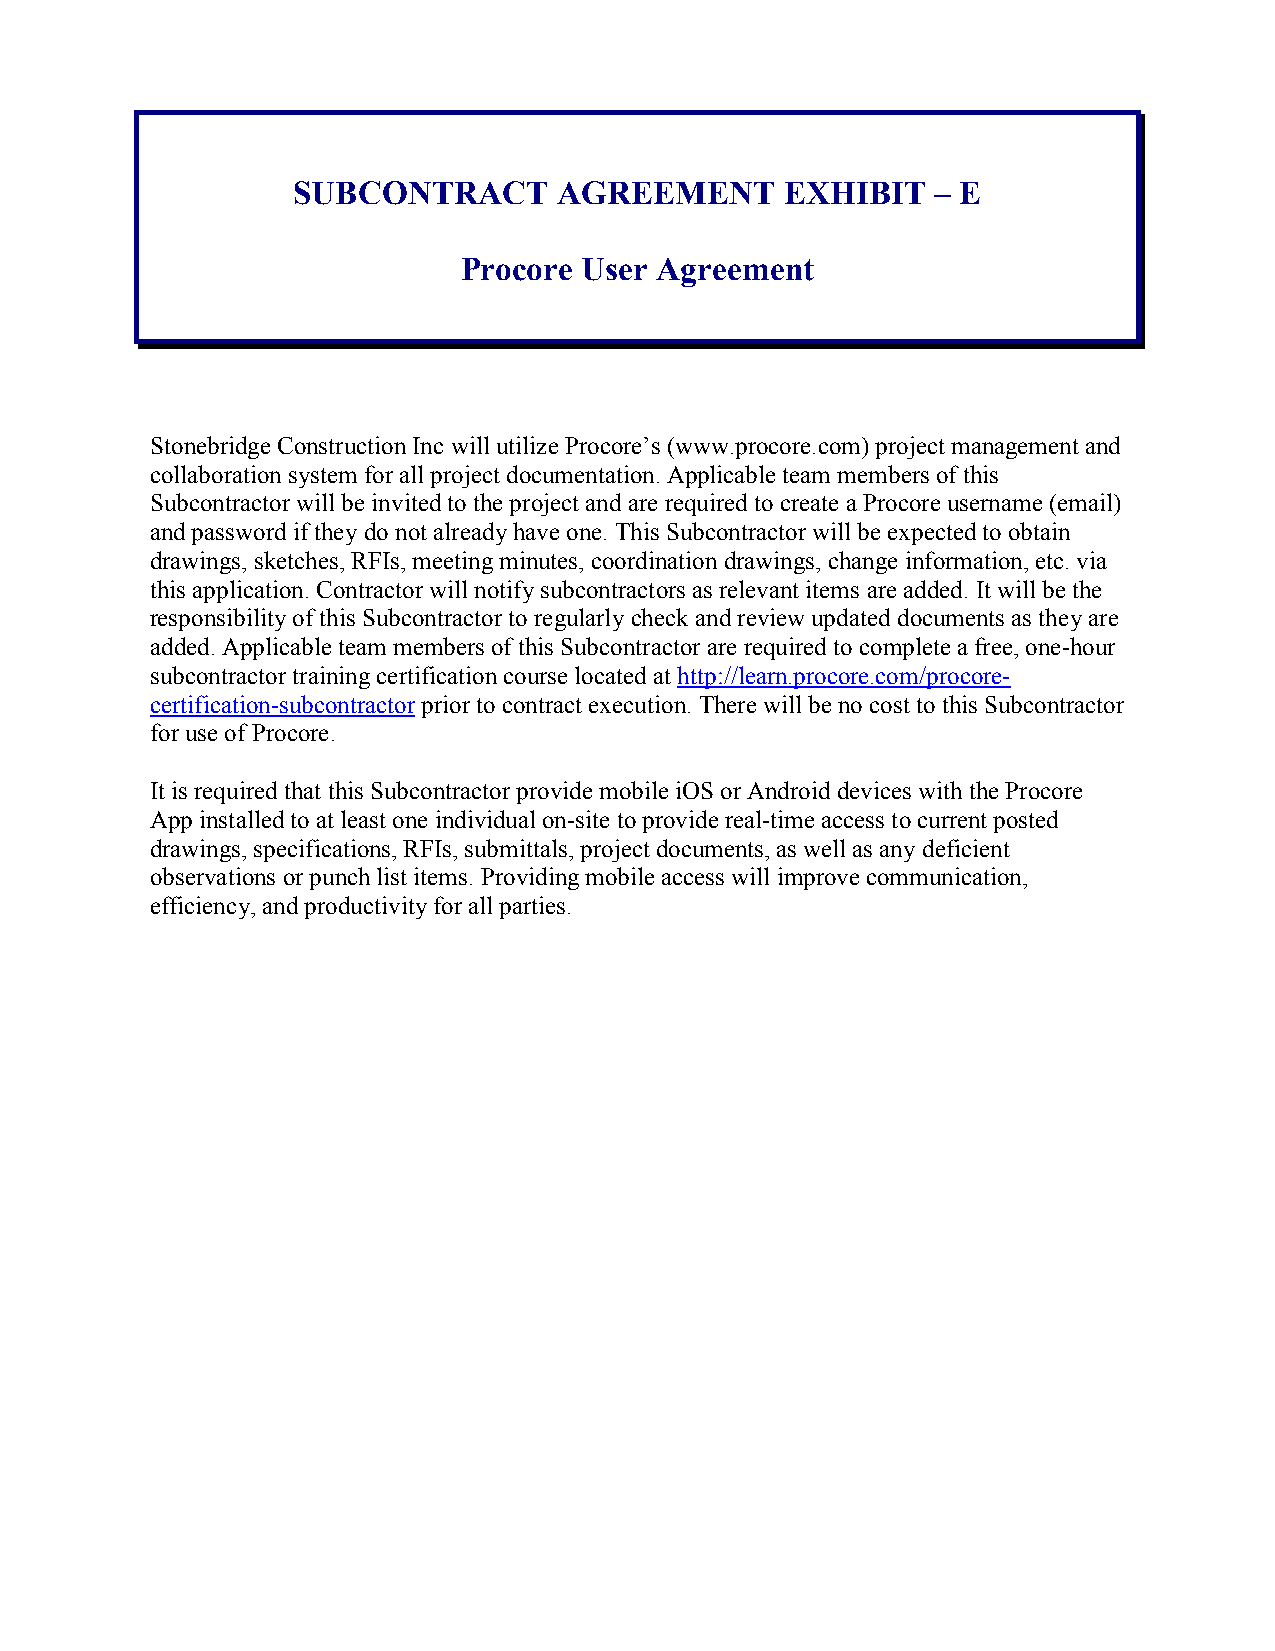
SUBCONTRACT       AGREEMENT      EXHIBIT   – E
 Procore User Agreement
 Stonebridge Construction Inc will utilize Procore’s (www.procore.com) project management and
 collaboration system for all project documentation. Applicable team members of this
 Subcontractor will be invited to the project and are required to create a Procore username (email)
 and password if they do not already have one. This Subcontractor will be expected to obtain
 drawings, sketches, RFIs, meeting minutes, coordination drawings, change information, etc. via
 this application. Contractor will notify subcontractors as relevant items are added. It will be the
 responsibility of this Subcontractor to regularly check and review updated documents as they are
 added. Applicable team members of this Subcontractor are required to complete a free, one-hour
 subcontractor training certification course located at http://learn.procore.com/procore-
 certification-subcontractor prior to contract execution. There will be no cost to this Subcontractor
 for use of Procore.
 It is required that this Subcontractor provide mobile iOS or Android devices with the Procore
 App installed to at least one individual on-site to provide real-time access to current posted
 drawings, specifications, RFIs, submittals, project documents, as well as any deficient
 observations or punch list items. Providing mobile access will improve communication,
 efficiency, and productivity for all parties.